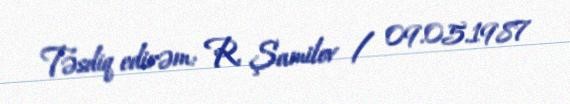
Təsdiq edirəm: R. Şamilov / 09.05.1987